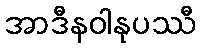
အာဒီနဝါနုပဿီ